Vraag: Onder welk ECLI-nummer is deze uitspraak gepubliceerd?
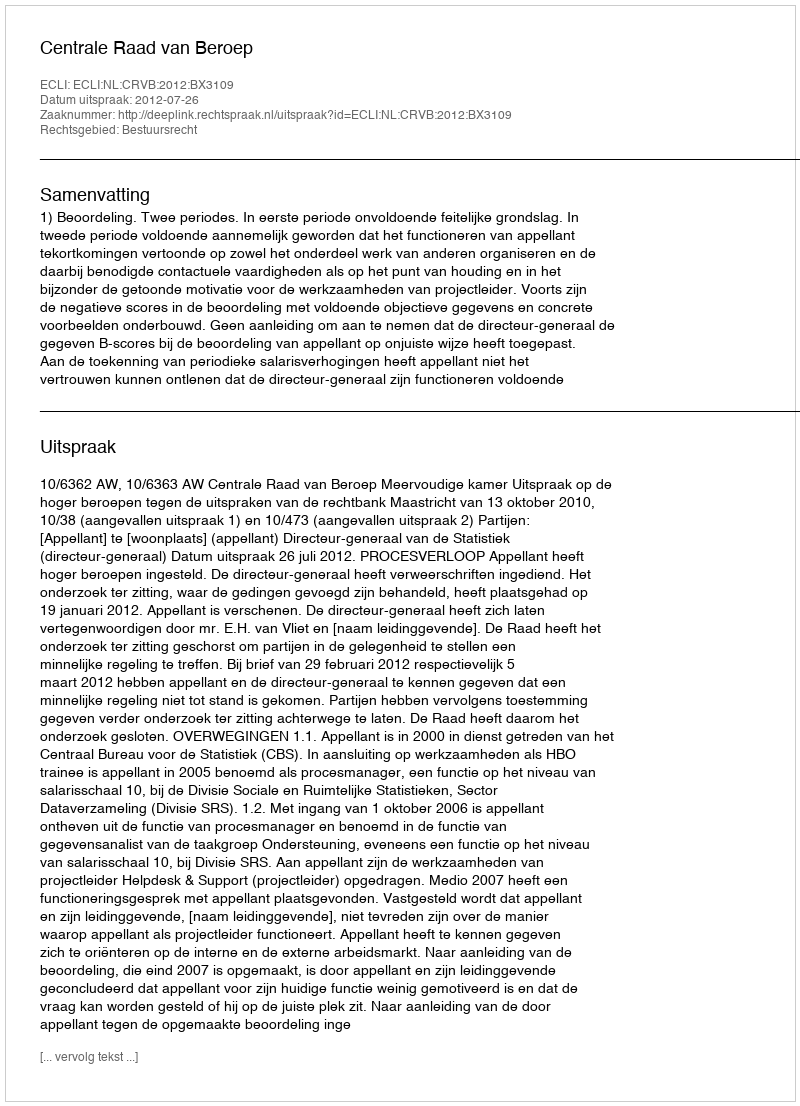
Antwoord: ECLI:NL:CRVB:2012:BX3109